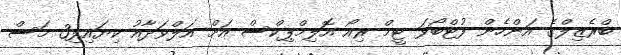
ބްރެޒިލްގެ އަންހެން ފުޓްބޯޅަ ޓީމް ރިއޯ އޮލިމްޕިކްސް އަށް އަލްވަދާއު ކިޔައިފި3 މަސް